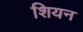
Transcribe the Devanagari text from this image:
शियन